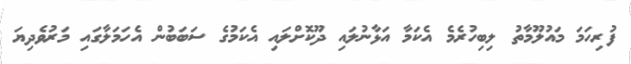
ފުރިހަމަ މައުލޫމާތު ލިބިހުރެމެ އެކަމާ އަޅާނުލައި ދޫކޮށްލައި އެކަމުގެ ސަބަބުން އެހަމަލާގައި މަރުވެދިޔަ